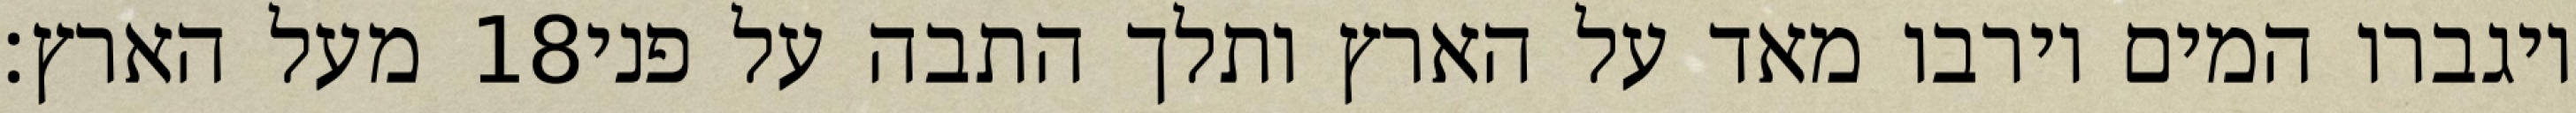
מעל הארץ׃ ‎18‏ ויגברו המים וירבו מאד על הארץ ותלך התבה על פני